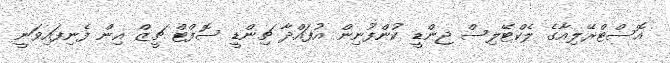
އޮސްޓްރޭލިއާގެ ލެކްޓޭލިސް ޖިންޑީ ކުންފުނިން އުފައްދާ ޗިންޑީ ސޮފްޓް ޗީޒް އިން ފެނިފައިވަނީ